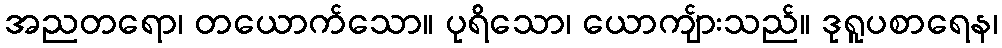
အညတရော၊ တယောက်သော။ ပုရိသော၊ ယောကျ်ားသည်။ ဒုရူပစာရေန၊